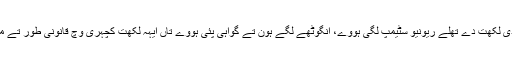
جے قرضے دی لکھت دے تھلے ریونیو سٹیمپ لگی ہووے، انگوٹھے لگے ہون تے گواہی پئی ہووے تاں ایہہ لکھت کچہری وچ قانونی طور تے منی جاندی سی۔